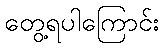
တွေ့ရပါကြောင်း